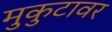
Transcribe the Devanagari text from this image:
मुकुटावर